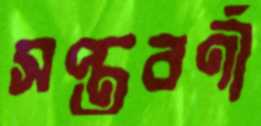
সপ্তবর্ণী